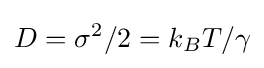
D=\sigma ^{2}/2=k_{B}T/\gamma